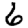
Digit: 6